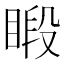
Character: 𥈨